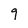
Character: 9